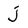
Character: j